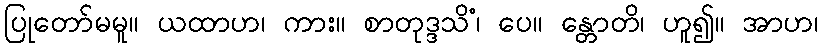
ပြုတော်မမူ။ ယထာဟ၊ ကား။ စာတုဒ္ဒသိံ၊ ပေ။ န္တောတိ၊ ဟူ၍။ အာဟ၊